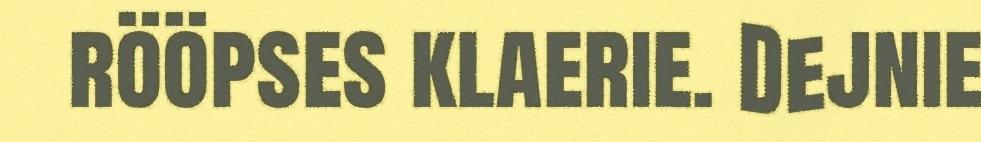
rööpses klaerie. Dejnie